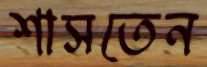
শাসতেন